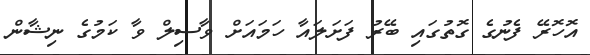
އޮހޮރޭ ފެނުގެ ގޮތުގައި ބޭރު ފަށަލައާ ހަމައަށް ވާސިލް ވާ ކަމުގެ ނިޝާން